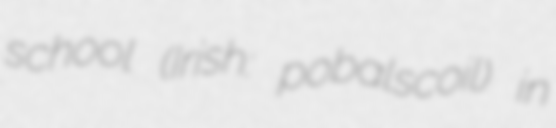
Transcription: school (Irish: pobalscoil) in